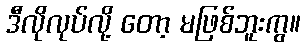
ဒီလိုလုပ်လို့ တော့ မဖြစ်ဘူးကွ။